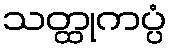
သတ္ထုကပ္ပံ